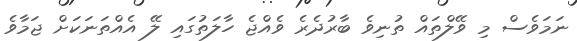
ނަމަވެސް މި ވޭލްތައް ތުނިވެ ބާރުދެރެ ވެއްޖެ ހާލަތުގައި ލޭ އެއްތަނަކަށް ޖަމާވެ